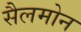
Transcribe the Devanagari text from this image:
सैलमोन